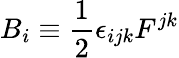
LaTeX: B_{i}\equiv\frac{1}{2}\epsilon_{ijk}F^{jk}